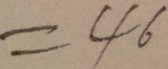
= 4 6